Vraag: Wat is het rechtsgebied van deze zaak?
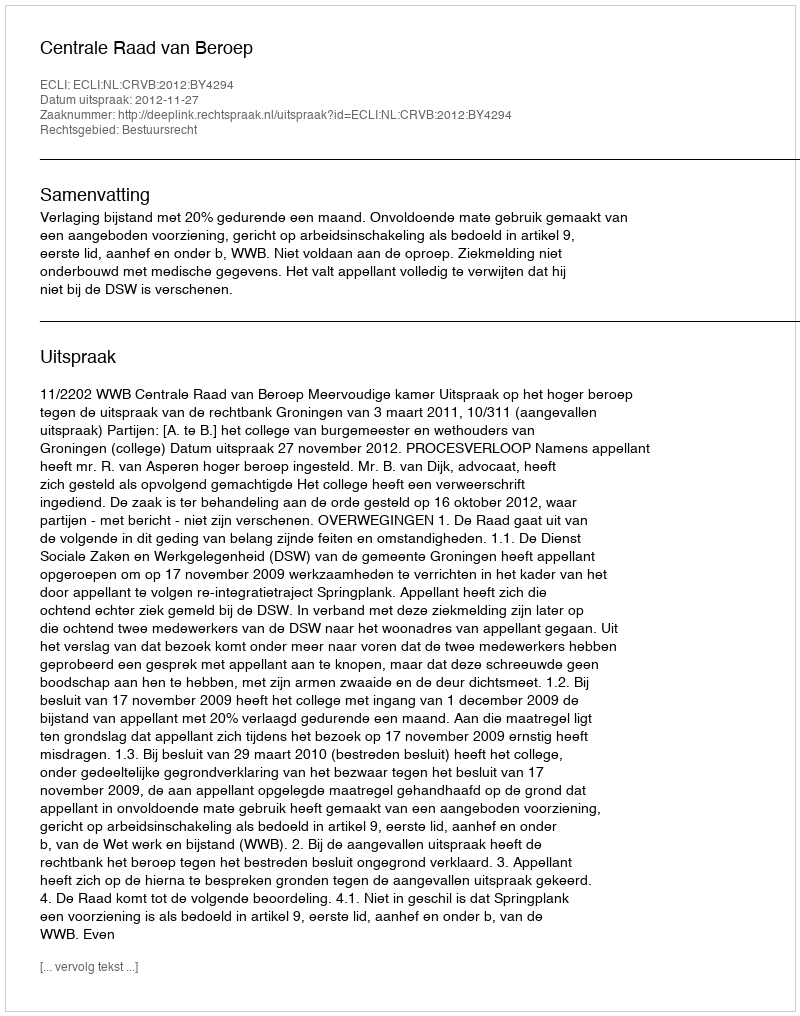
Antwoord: Bestuursrecht